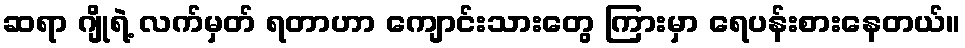
ဆရာ ဂျိုရဲ့ လက်မှတ် ရတာဟာ ကျောင်းသားတွေ ကြားမှာ ရေပန်းစားနေတယ်။